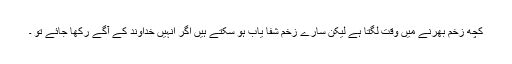
کچھ زخم بھرنے میں وقت لگتا ہے لیکن سارے زخم شفا یاب ہو سکتے ہیں اگر انہیں خداوند کے آگے رکھا جائے تو ۔